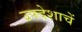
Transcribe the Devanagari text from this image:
उपदेशाचें